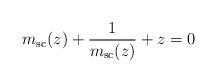
LaTeX: \begin{align*} m_{\mathrm{sc}}(z) + \frac{1}{m_{\mathrm{sc}}(z)} + z = 0 \end{align*}